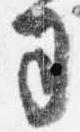
司